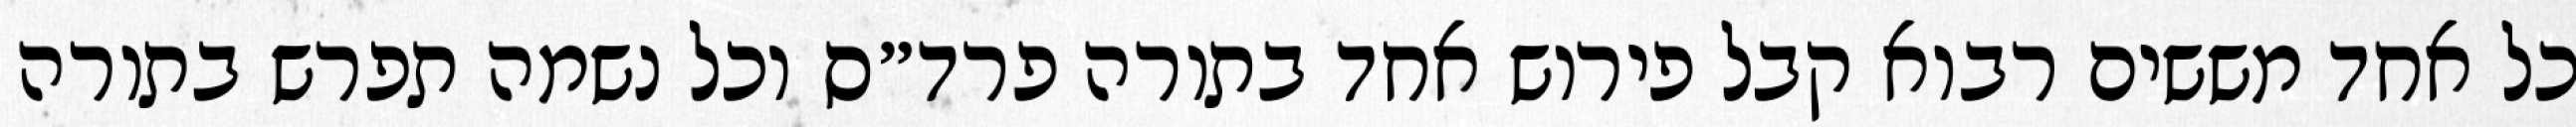
כל אחד מששים רבוא קבל פירוש אחד בתורה פרד״ס וכל נשמה תפרש בתורה